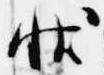
状